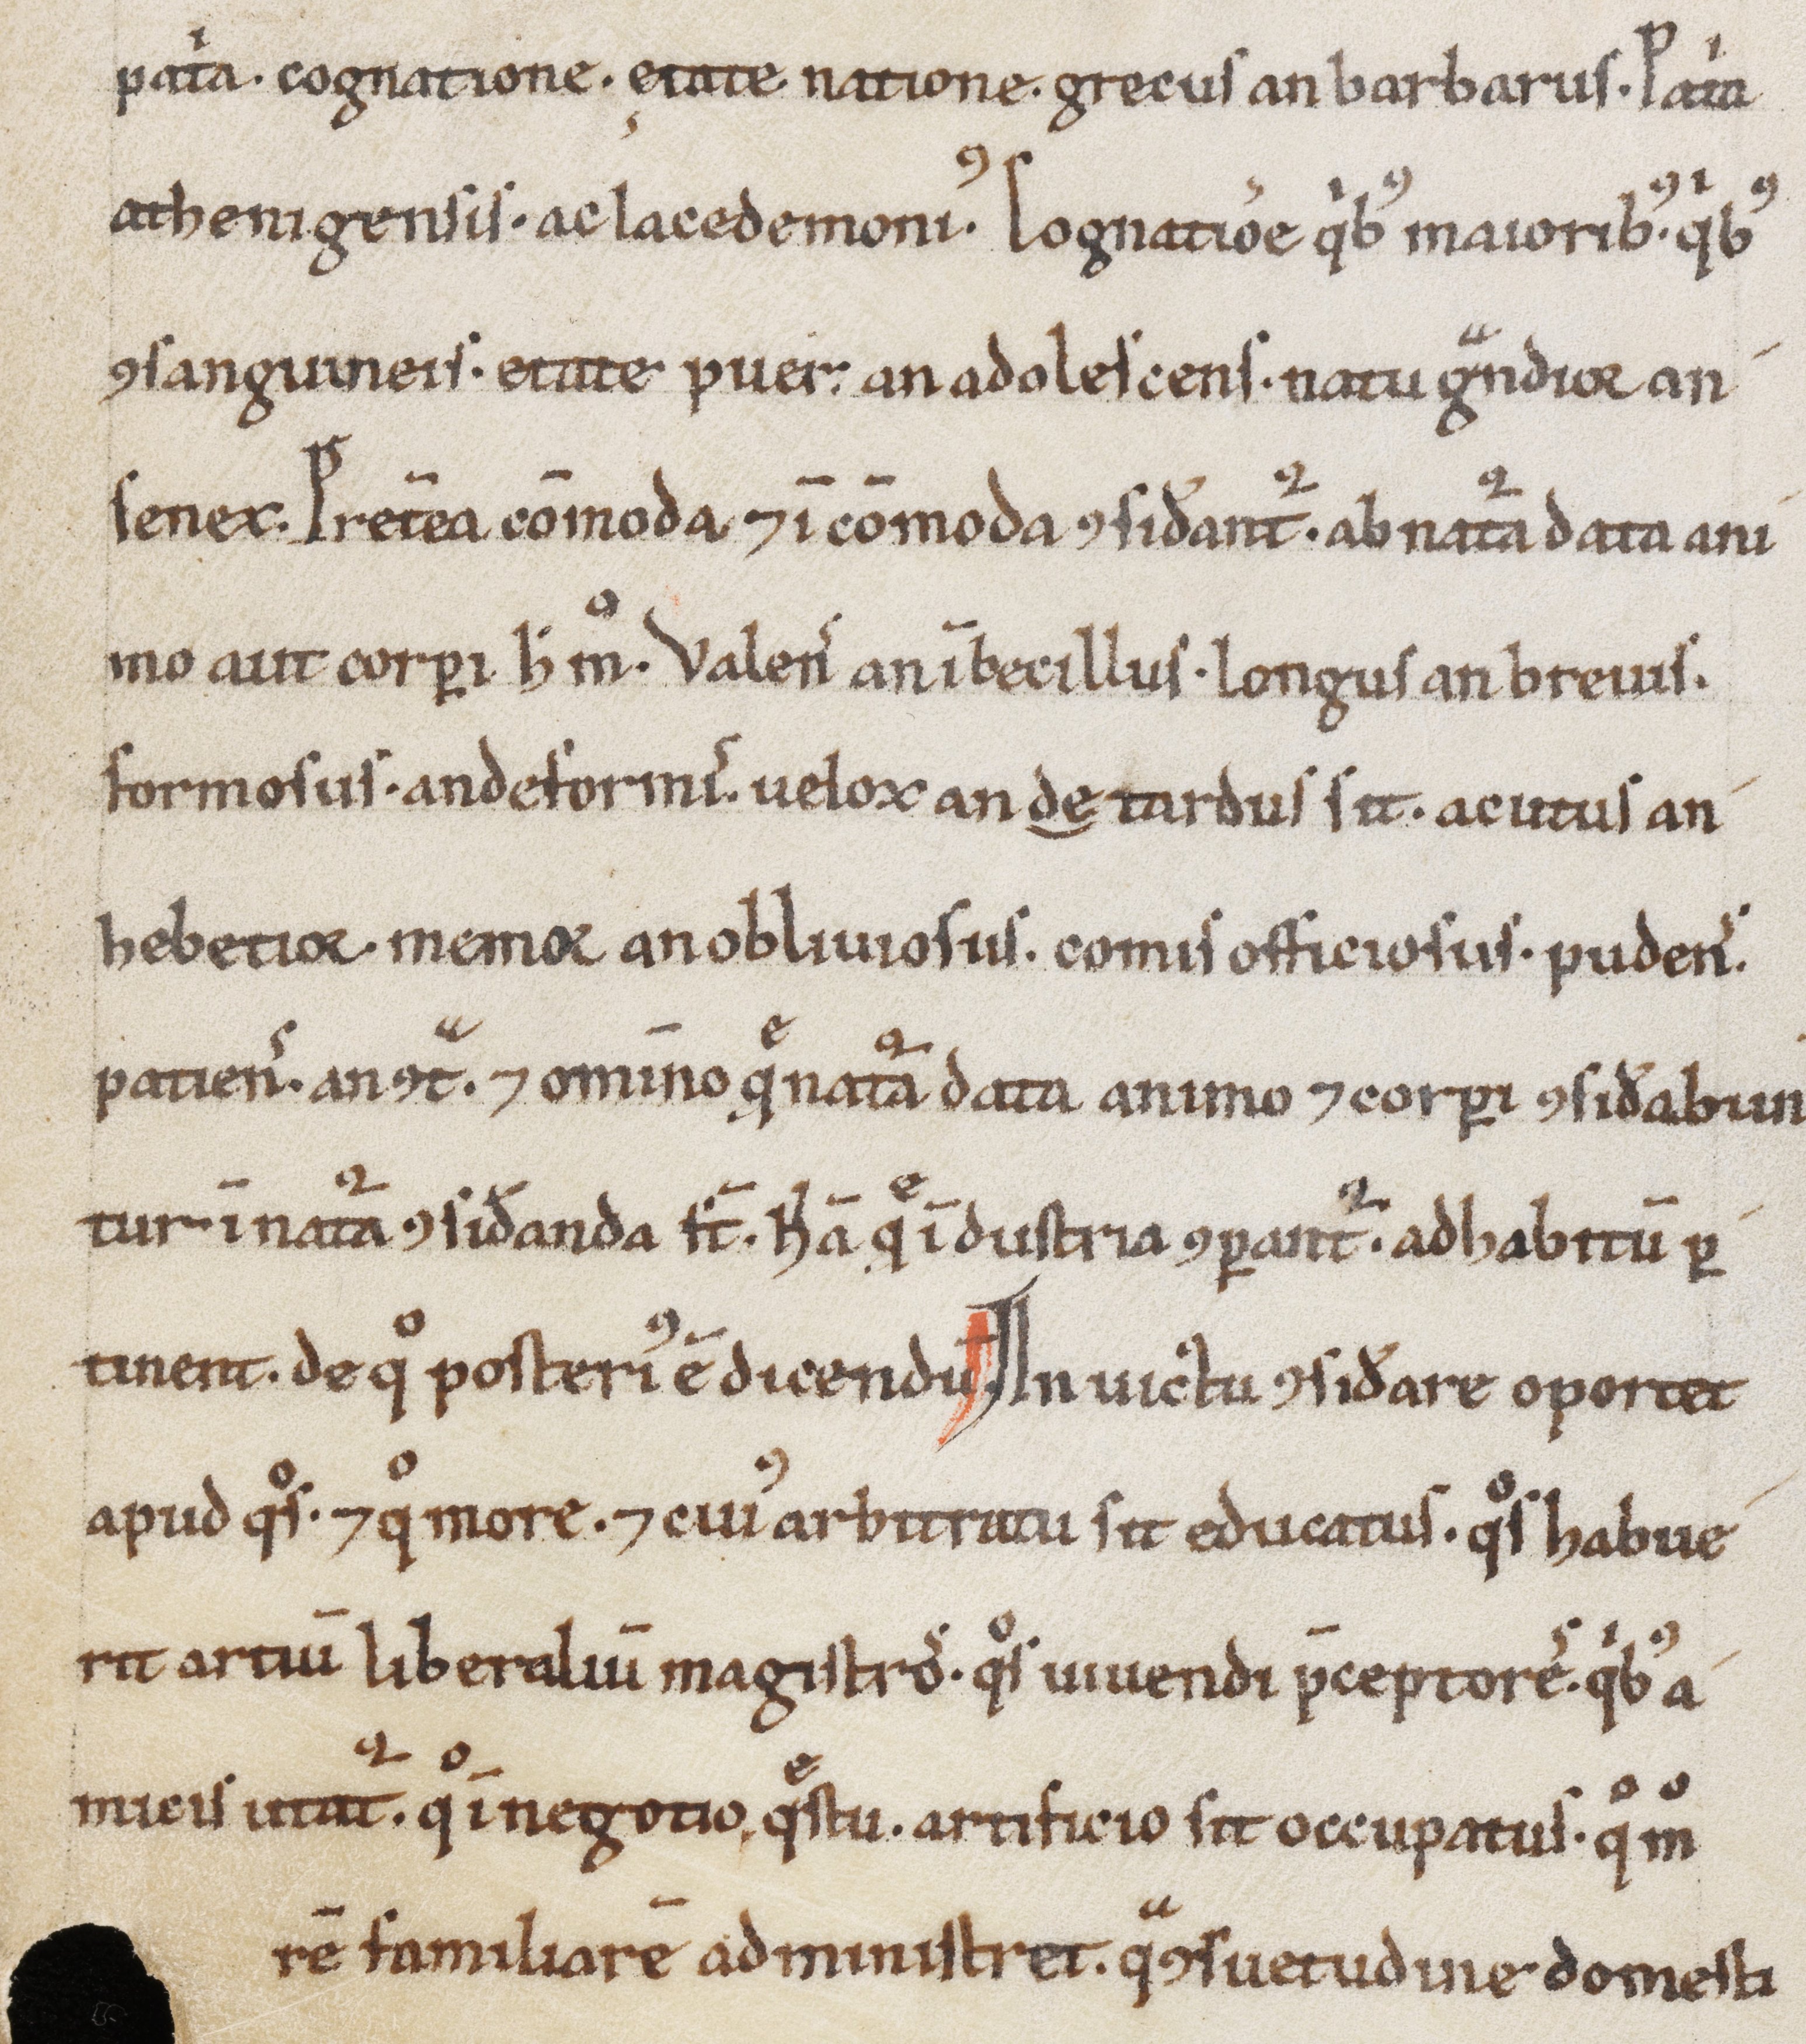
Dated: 1100–1199